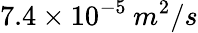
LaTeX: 7.4\times 10^{-5}\: m^{2}/s